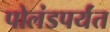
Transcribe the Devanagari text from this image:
पोलंडपर्यंत